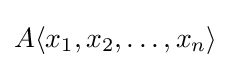
A\langle x_{1},x_{2},\ldots ,x_{n}\rangle